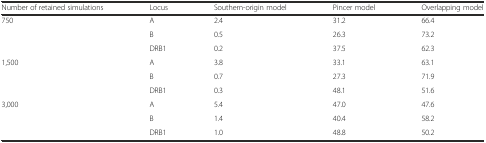
<table><thead><tr><td><b>Number of retained simulations</b></td><td><b>Locus</b></td><td><b>Southern-origin model</b></td><td><b>Pincer model</b></td><td><b>Overlapping model</b></td></tr></thead><tbody><tr><td rowspan="3">750</td><td>A</td><td>2.4</td><td>31.2</td><td>66.4</td></tr><tr><td>B</td><td>0.5</td><td>26.3</td><td>73.2</td></tr><tr><td>DRB1</td><td>0.2</td><td>37.5</td><td>62.3</td></tr><tr><td rowspan="3">1,500</td><td>A</td><td>3.8</td><td>33.1</td><td>63.1</td></tr><tr><td>B</td><td>0.7</td><td>27.3</td><td>71.9</td></tr><tr><td>DRB1</td><td>0.3</td><td>48.1</td><td>51.6</td></tr><tr><td rowspan="3">3,000</td><td>A</td><td>5.4</td><td>47.0</td><td>47.6</td></tr><tr><td>B</td><td>1.4</td><td>40.4</td><td>58.2</td></tr><tr><td>DRB1</td><td>1.0</td><td>48.8</td><td>50.2</td></tr></tbody></table>